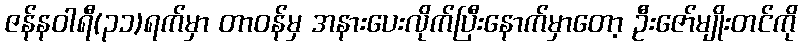
ဇန်နဝါရီ(၃၁)ရက်မှာ တာဝန်မှ အနားပေးလိုက်ပြီးနောက်မှာတော့ ဦးဇော်မျိုးတင်ကို